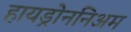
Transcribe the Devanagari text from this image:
हायड्रोननिअम